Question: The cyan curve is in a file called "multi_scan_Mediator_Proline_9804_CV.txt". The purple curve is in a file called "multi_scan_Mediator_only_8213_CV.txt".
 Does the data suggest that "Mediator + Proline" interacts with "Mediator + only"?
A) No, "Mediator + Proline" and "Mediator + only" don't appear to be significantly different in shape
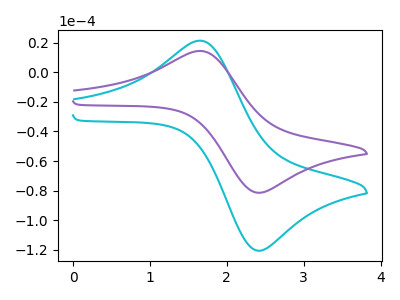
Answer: <think>The cyan curve "Mediator + Proline" has an anodic peak at (1.65V, 21.40uA) and a cathodic peak at (2.45V, -120.35uA). The purple curve "Mediator + only" has an anodic peak at (1.65V, 14.45uA) and a cathodic peak at (2.45V, -81.25uA).
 All the peaks in "Mediator + Proline" have a peak in "Mediator + only" at the same potential. Every peak in "Mediator + Proline" is higher than every peak in "Mediator + only".</think>
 <answer>A) No, "Mediator + Proline" and "Mediator + only" don't appear to be significantly different in shape</answer>
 <eval>A</eval>